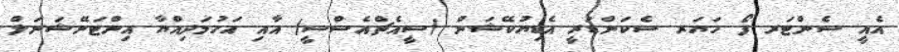
އެއީ ސެންޓަރ ފޯ ހަޔަރ ސެކަންޑަރީ އެޑިޔުކޭޝަން (ސީއެޗްއެސްސީ) އާއި އަހުމަދިއްޔާ އިންޓަނޭޝަނަލް